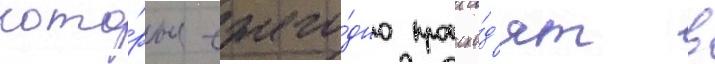
кото́рые ежего́дно происхо́д'ят в